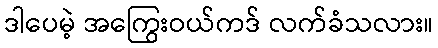
ဒါပေမဲ့ အကြွေးဝယ်ကဒ် လက်ခံသလား။